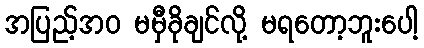
အပြည့်အဝ မမှီခိုချင်လို့ မရတော့ဘူးပေါ့